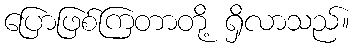
ပြောဖြစ်ကြတာတို့ ရှိလာသည်။